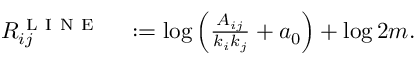
\begin{array} { r l } { R _ { i j } ^ { \mathrm { ~ L ~ I ~ N ~ E ~ } } } & { { } : = \log \left( \frac { A _ { i j } } { k _ { i } k _ { j } } + a _ { 0 } \right) + \log 2 m . } \end{array}